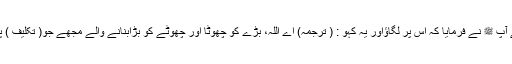
( نساری سے ملتی ہے) میں نے کہا ، جی ہاں ہے آپ ﷺ نے فرمایا کہ اس پر لگاؤاور یہ کہو : ( ترجمہ) اے اللہ، بڑے کو چھوٹا اور چھوٹے کو بڑابنانے والے مجھے جو( تکلیف ) پیش آئی ہے اسے چھوٹا کردے (الاذکار ابن سنی)۔